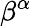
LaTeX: \beta^{\alpha}